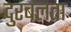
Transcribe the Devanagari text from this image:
दुरबलता